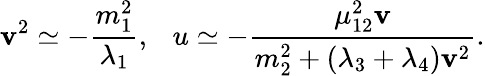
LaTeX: \mathbf{v}^{2}\simeq-{\frac{{m_{1}^{2}}}{{\lambda_{1}}}},~~~u\simeq-{\frac{{\mu_{12}^{2}\mathbf{v}}}{{m_{2}^{2}+(\lambda_{3}+\lambda_{4})\mathbf{v}^{2}}}}.